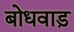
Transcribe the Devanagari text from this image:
बोधवाड़